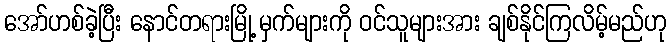
အော်ဟစ်ခဲ့ပြီး နောင်တရားမြို့ မှက်များကို ဝင်သူများအား ချစ်နိုင်ကြလိမ့်မည်ဟု